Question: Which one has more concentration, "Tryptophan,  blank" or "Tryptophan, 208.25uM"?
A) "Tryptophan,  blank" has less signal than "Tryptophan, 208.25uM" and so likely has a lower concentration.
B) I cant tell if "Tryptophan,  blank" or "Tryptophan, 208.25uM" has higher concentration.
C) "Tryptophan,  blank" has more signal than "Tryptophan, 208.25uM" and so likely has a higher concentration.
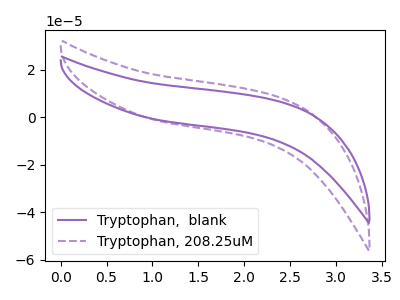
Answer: <think>The purple curve "Tryptophan,  blank" has no peaks. The purple dashed curve "Tryptophan, 208.25uM" has no peaks.
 Neither "Tryptophan,  blank" or "Tryptophan, 208.25uM" have any peaks.</think>
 <answer>B) I cant tell if "Tryptophan,  blank" or "Tryptophan, 208.25uM" has higher concentration.</answer>
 <eval>B</eval>